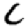
Digit: 6